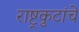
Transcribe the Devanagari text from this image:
राष्ट्रकुटांचे